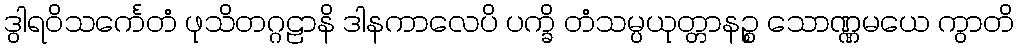
ဒွါရဝိသင်္ကေတံ ဖုသိတဂ္ဂဠာနိ ဒါနကာလေပိ ပက္ခိ တံသမ္ပယုတ္တာနဉ္စ သောဏ္ဏမယေ ကွာတိ